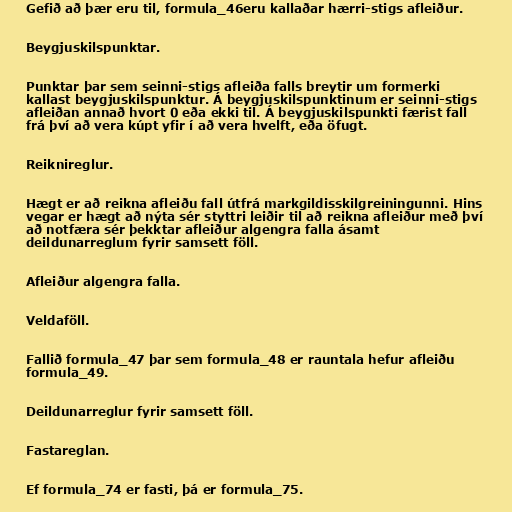
Gefið að þær eru til, formula_46eru kallaðar hærri-stigs afleiður.

Beygjuskilspunktar.

Punktar þar sem seinni-stigs afleiða falls breytir um formerki
kallast beygjuskilspunktur. Á beygjuskilspunktinum er seinni-stigs
afleiðan annað hvort 0 eða ekki til. Á beygjuskilspunkti færist fall
frá því að vera kúpt yfir í að vera hvelft, eða öfugt.

Reiknireglur.

Hægt er að reikna afleiðu fall útfrá markgildisskilgreiningunni. Hins
vegar er hægt að nýta sér styttri leiðir til að reikna afleiður með því
að notfæra sér þekktar afleiður algengra falla ásamt
deildunarreglum fyrir samsett föll.

Afleiður algengra falla.

Veldaföll.

Fallið formula_47 þar sem formula_48 er rauntala hefur afleiðu
formula_49.

Deildunarreglur fyrir samsett föll.

Fastareglan.

Ef formula_74 er fasti, þá er formula_75.